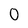
Character: O